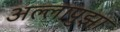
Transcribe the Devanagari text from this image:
अल्लापुझा